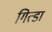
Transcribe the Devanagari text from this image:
गित्डा